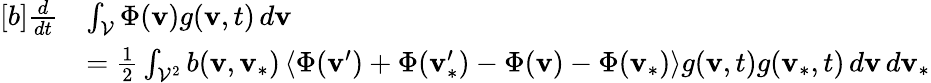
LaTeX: \begin{array}{r}{\begin{array}{rl}{[b]\frac{d}{dt}}&{\int_{\mathcal{V}}\Phi(\mathbf{v})g(\mathbf{v},t)\, d\mathbf{v}}\\ &{=\frac{1}{2}\int_{\mathcal{V}^{2}}b(\mathbf{v},\mathbf{v}_{\ast})\left\langle\Phi(\mathbf{v}^{\prime})+\Phi(\mathbf{v}_{\ast}^{\prime})-\Phi(\mathbf{v})-\Phi(\mathbf{v}_{\ast})\right\rangle g(\mathbf{v},t)g(\mathbf{v}_{\ast},t)\, d\mathbf{v}\, d\mathbf{v}_{\ast}}\end{array}}\end{array}